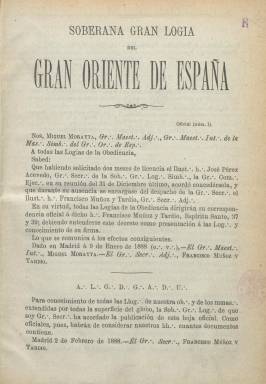
Título: Soberana Gran Logia del Gran Oriente de España
Colección: Masonería
Ámbito geográfico: Madrid
Lugar de publicación: Madrid
Fechas: 01/01/1888-31/12/1888

La colección de este título en la Biblioteca Nacional de España (BNE) la forman dos números, considerados “hojas oficiales” del Gran Oriente de España, del que en el año 1888 era gran maestre interino Miguel Morayta Sagrario (1834-1917) y gran secretario, Francisco Muñoz y Tardío. El número 1 es de 16 páginas, y el número 2, de ocho, compuestas a una columna y estampadas en la imprenta de Fernando Cao y Domingo de Val. En ellas se insertan los correspondientes decretos de la “masonería simbólica” emitidos por Morayta, así como circulares, actas de reuniones, ceses, nombramientos y comunicaciones, entre otras decisiones internas de la “obediencia”. Morayta y Alfredo Vega y Fernández, vizconde de Ros, habían llegado ya en 1888 a un acuerdo previo de fusión de sus correspondientes “gran orientes”, tras el fraccionamiento que había experimentado la masonería española con el fallecimiento, el 31 de enero de 1887, del marqués Antonio Seoane. Al final de ese 1888 se había producido de nuevo una nueva ruptura entre Morayta y el vizconde de Ros. Durante este mismo año también se publicó el decenario masónico El Simbolismo, que también forma parte de la colección de la BNE.